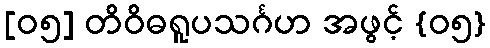
[၀၅] တိဝိဓရူပသင်္ဂဟ အဖွင့် {၀၅}